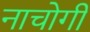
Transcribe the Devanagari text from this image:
नाचोगी